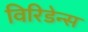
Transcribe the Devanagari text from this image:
विरिडेन्स